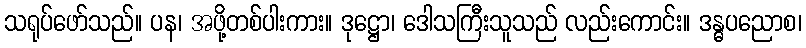
သရုပ်ဖော်သည်။ ပန၊ အဖို့တစ်ပါးကား။ ဒုဋ္ဌော၊ ဒေါသကြီးသူသည် လည်းကောင်း။ ဒန္ဓပညောစ၊